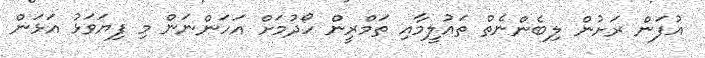
އުފަން ރަށުން ލިބެންނެތް ތައުލީމާއި ތަމްރީން ހޯދުމަށް އަހަންނަން މި ފިޔަވަޅު އަޅަން